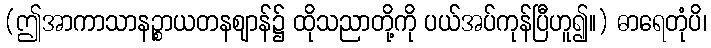
(ဤအာကာသာနဉ္စာယတနဈာန်၌ ထိုသညာတို့ကို ပယ်အပ်ကုန်ပြီဟူ၍။) ဓာရေတုံပိ၊